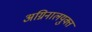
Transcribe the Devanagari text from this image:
अग्निनालयुक्त